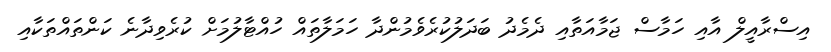
އިސްރާއީލް އާއި ހަމާސް ޖަމާއަތާއި ދެމެދު ބަދަލުކުރެވެމުންދާ ހަމަލާތައް ހުއްޓާލުމަށް ކުރެވިދާނެ ކަންތައްތަކާއި